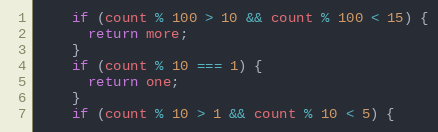
Language: JavaScript
    if (count % 100 > 10 && count % 100 < 15) {
      return more;
    }
    if (count % 10 === 1) {
      return one;
    }
    if (count % 10 > 1 && count % 10 < 5) {